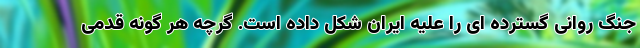
جنگ روانی گسترده ای را علیه ایران شکل داده است. گرچه هر گونه قدمی